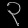
Digit: ၃